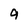
Character: 9